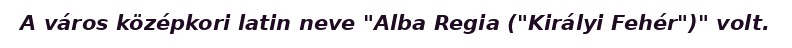
A város középkori latin neve "Alba Regia ("Királyi Fehér")" volt.